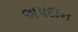
અપદાન